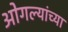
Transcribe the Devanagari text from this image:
ओगल्यांच्या